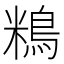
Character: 𪀿